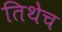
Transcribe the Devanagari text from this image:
तिथेेच